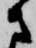
さ